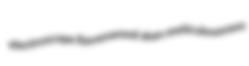
electroscope Ravenwood sken meticulousness